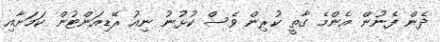
ދެން ފެނުން އެންމެ ގާތީ ކުރިން ވެސް ކުޅުނު ނިއު ރޭޑިއަންޓުން ކަމަށާއި